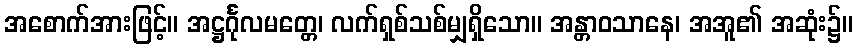
အစောက်အားဖြင့်။ အဋ္ဌင်္ဂုလမတ္တေ၊ လက်ရှစ်သစ်မျှရှိသော။ အန္တာဝသာနေ၊ အအူ၏ အဆုံး၌။